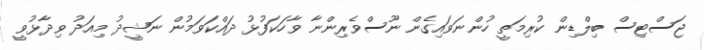
ޖަސްޓިސް ބިލްޑިން ކުރިމަތީ ހުންނަވައިގެން ނޫސްވެރިންނާ ވާހަކަފުޅު ދައްކަވަމުން ނަޝީދު މިއަދު ވިދާޅުވީ